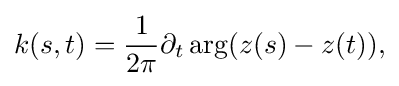
\displaystyle {k(s,t)={1 \over 2\pi }\partial _{t}\arg(z(s)-z(t)),}